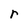
Character: r